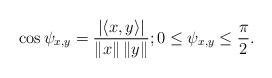
LaTeX: \begin{align*}\cos {{\psi }_{x,y}}=\frac{\left| \left\langle x,y \right\rangle \right|}{\left\| x \right\|\left\| y \right\|}; 0\leq \psi_{x,y}\leq\frac{\pi}{2}.\end{align*}